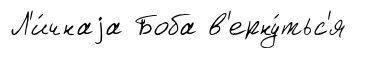
Л'и́чнаjа Боба в'ерну́тьс'я